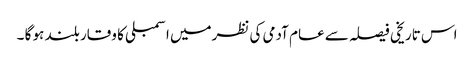
اس تاریخی فیصلہ سے عام آدمی کی نظرمیں اسمبلی کا وقار بلند ہو گا ۔